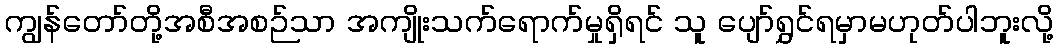
ကျွန်တော်တို့အစီအစဉ်သာ အကျိုးသက်ရောက်မှုရှိရင် သူ ပျော်ရွှင်ရမှာမဟုတ်ပါဘူးလို့